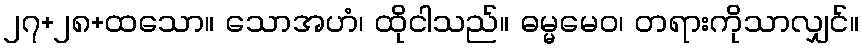
၂၇+၂၈+ထသော။ သောအဟံ၊ ထိုငါသည်။ ဓမ္မမေဝ၊ တရားကိုသာလျှင်။